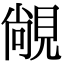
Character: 𬡾